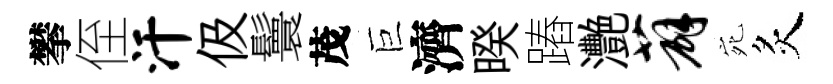
攀侄汗伋鬟茂巨濟暌蹖灧薜宛炙